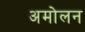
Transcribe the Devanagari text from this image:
अमोलन